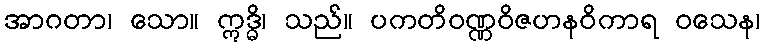
အာဂတာ၊ သော။ ဣဒ္ဓိ၊ သည်။ ပကတိဝဏ္ဏဝိဇဟနဝိကာရ ဝသေန၊